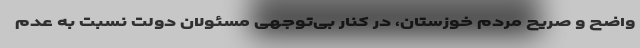
واضح و صریح مردم خوزستان، در کنار بی‌توجهی مسئولان دولت نسبت به عدم